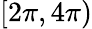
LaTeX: [2\pi,4\pi)